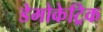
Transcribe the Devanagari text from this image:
डेमोकेट्रिक